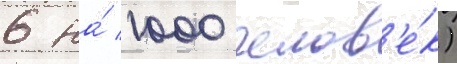
6 на́ 1000 челов'е́к)